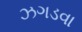
ઝગડવા